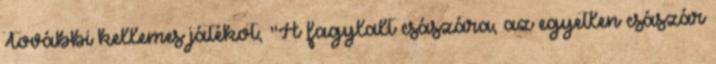
További kellemes játékot; "A fagylalt császára, az egyetlen császár